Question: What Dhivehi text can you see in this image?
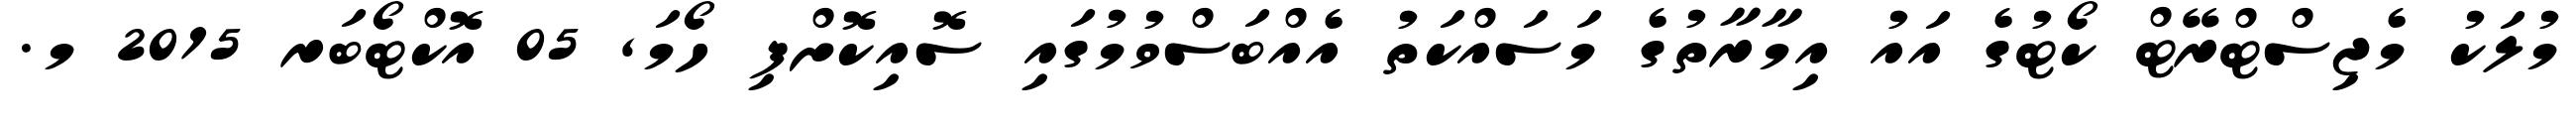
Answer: މުލަކު މެޖިސްޓްރޭޓް ކޯޓުގެ އައު އިމާރާތުގެ މަސައްކަތު އެއްބަސްވުމުގައި ސޮއިކޮށްފި ހޯމަ, 05 އޮކްޓޯބަރ 2015 މ.